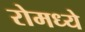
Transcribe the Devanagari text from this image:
रोमध्ये